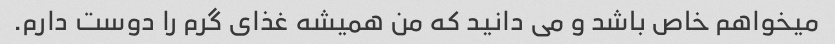
میخواهم خاص باشد و می دانید که من همیشه غذای گرم را دوست دارم.